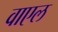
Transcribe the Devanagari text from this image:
वाएल